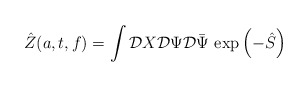
\begin{align*}\hat Z(a,t,f)=\int{\cal D}X{\cal D}\Psi{\cal D}\bar\Psi\,\exp{\left(-\hat S\right)}\end{align*}